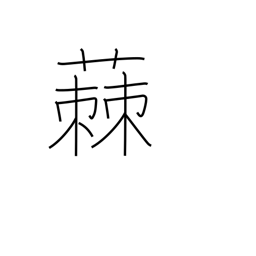
Meaning: milwort